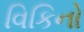
વિકિનો